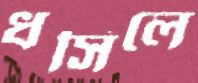
ধসিলে